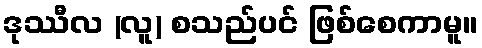
ဒုဿီလ (လူ) စသည်ပင် ဖြစ်စေကာမူ။